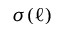
\sigma ( \ell )